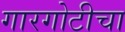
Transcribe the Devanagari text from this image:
गारगोटीचा